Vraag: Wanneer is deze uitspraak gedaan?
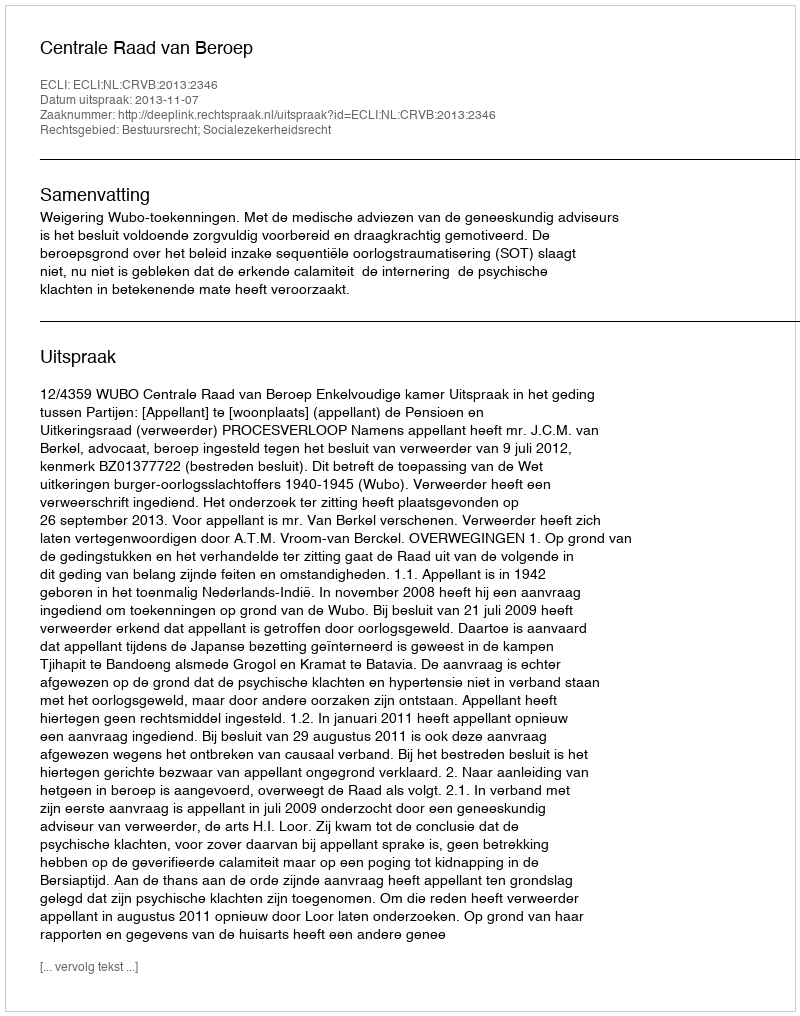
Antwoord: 2013-11-07